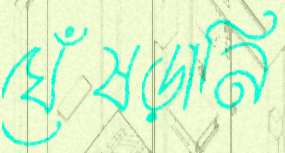
ঘেঁষড়ানি